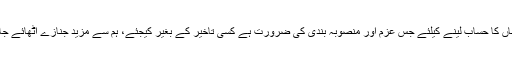
اس بہتے ہوئے خون خاک نشیناں کا حساب لینے کیلئے جس عزم اور منصوبہ بندی کی ضرورت ہے کسی تاخیر کے بغیر کیجئے، ہم سے مزید جنازے اٹھائے جاتے ہیں نہ بین ڈالے جاتے ہیں۔